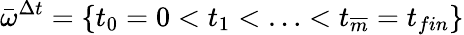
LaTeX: \bar{\omega}^{\Delta t}=\{ t_{0}=0<t_{1}<\ldots<t_{\overline{{m}}}=t_{fin}\}